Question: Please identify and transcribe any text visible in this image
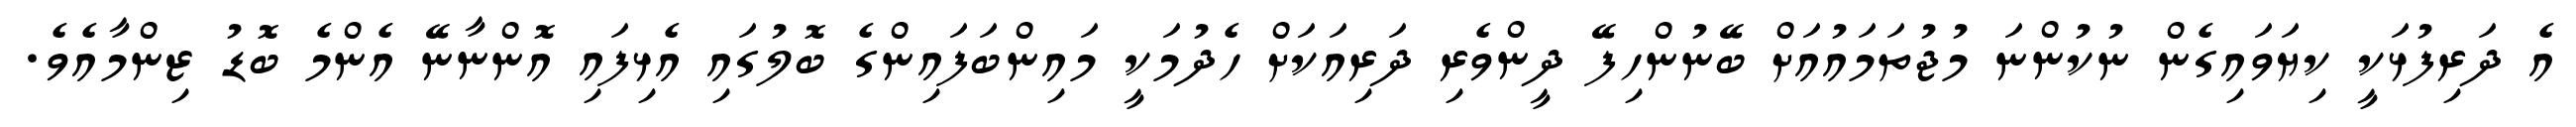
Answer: އެ ދަރިފުޅަކީ ކިޔަވައިގެން ނުކުންނަ މުޖުތަމައުއަށް ބޭނުންހިފޭ ދީންވެރި ދަރިއަކަށް ހެދުމަކީ މައިންބަފައިންގެ ބޮލުގައި އެޅިފައި އޮންނާނޭ އެންމެ ބޮޑު ޒިންމާއެވެ.